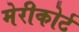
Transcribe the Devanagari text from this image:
मेरीकोर्ट